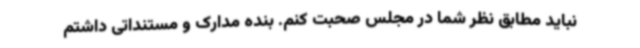
نباید مطابق نظر شما در مجلس صحبت کنم. بنده مدارک و مستنداتی داشتم